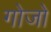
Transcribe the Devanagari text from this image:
गोजो